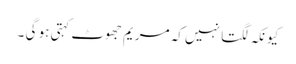
کیونکہ لگتا نہیں کہ مریم جھوٹ کہتی ہو گی ۔